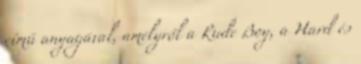
című anyagával, amelyről a Rude Boy, a Hard és